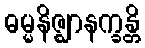
ဓမ္မနိဇ္ဈာနက္ခန္တိ